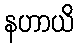
နဟာယိ